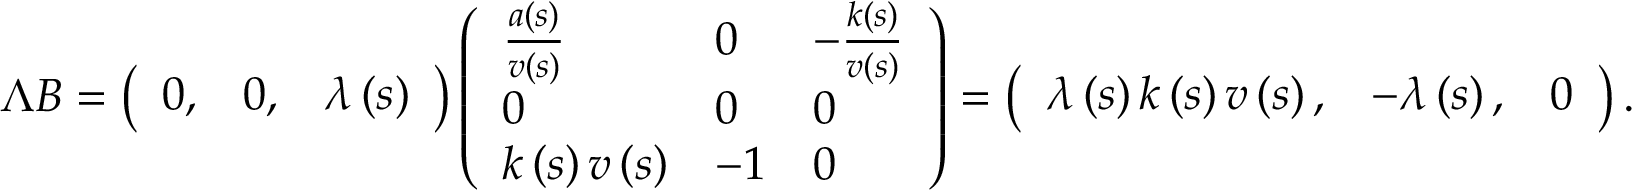
\begin{array} { r } { \Lambda B = \left( \begin{array} { l l l } { 0 , } & { 0 , } & { \lambda \left( s \right) } \end{array} \right) \left( \begin{array} { l l l } { \frac { a \left( s \right) } { v \left( s \right) } } & { 0 } & { - \frac { k \left( s \right) } { v \left( s \right) } } \\ { 0 } & { 0 } & { 0 } \\ { k \left( s \right) v \left( s \right) } & { - 1 } & { 0 } \end{array} \right) = \left( \begin{array} { l l l } { \lambda \left( s \right) k \left( s \right) v \left( s \right) , } & { - \lambda \left( s \right) , } & { 0 } \end{array} \right) . } \end{array}